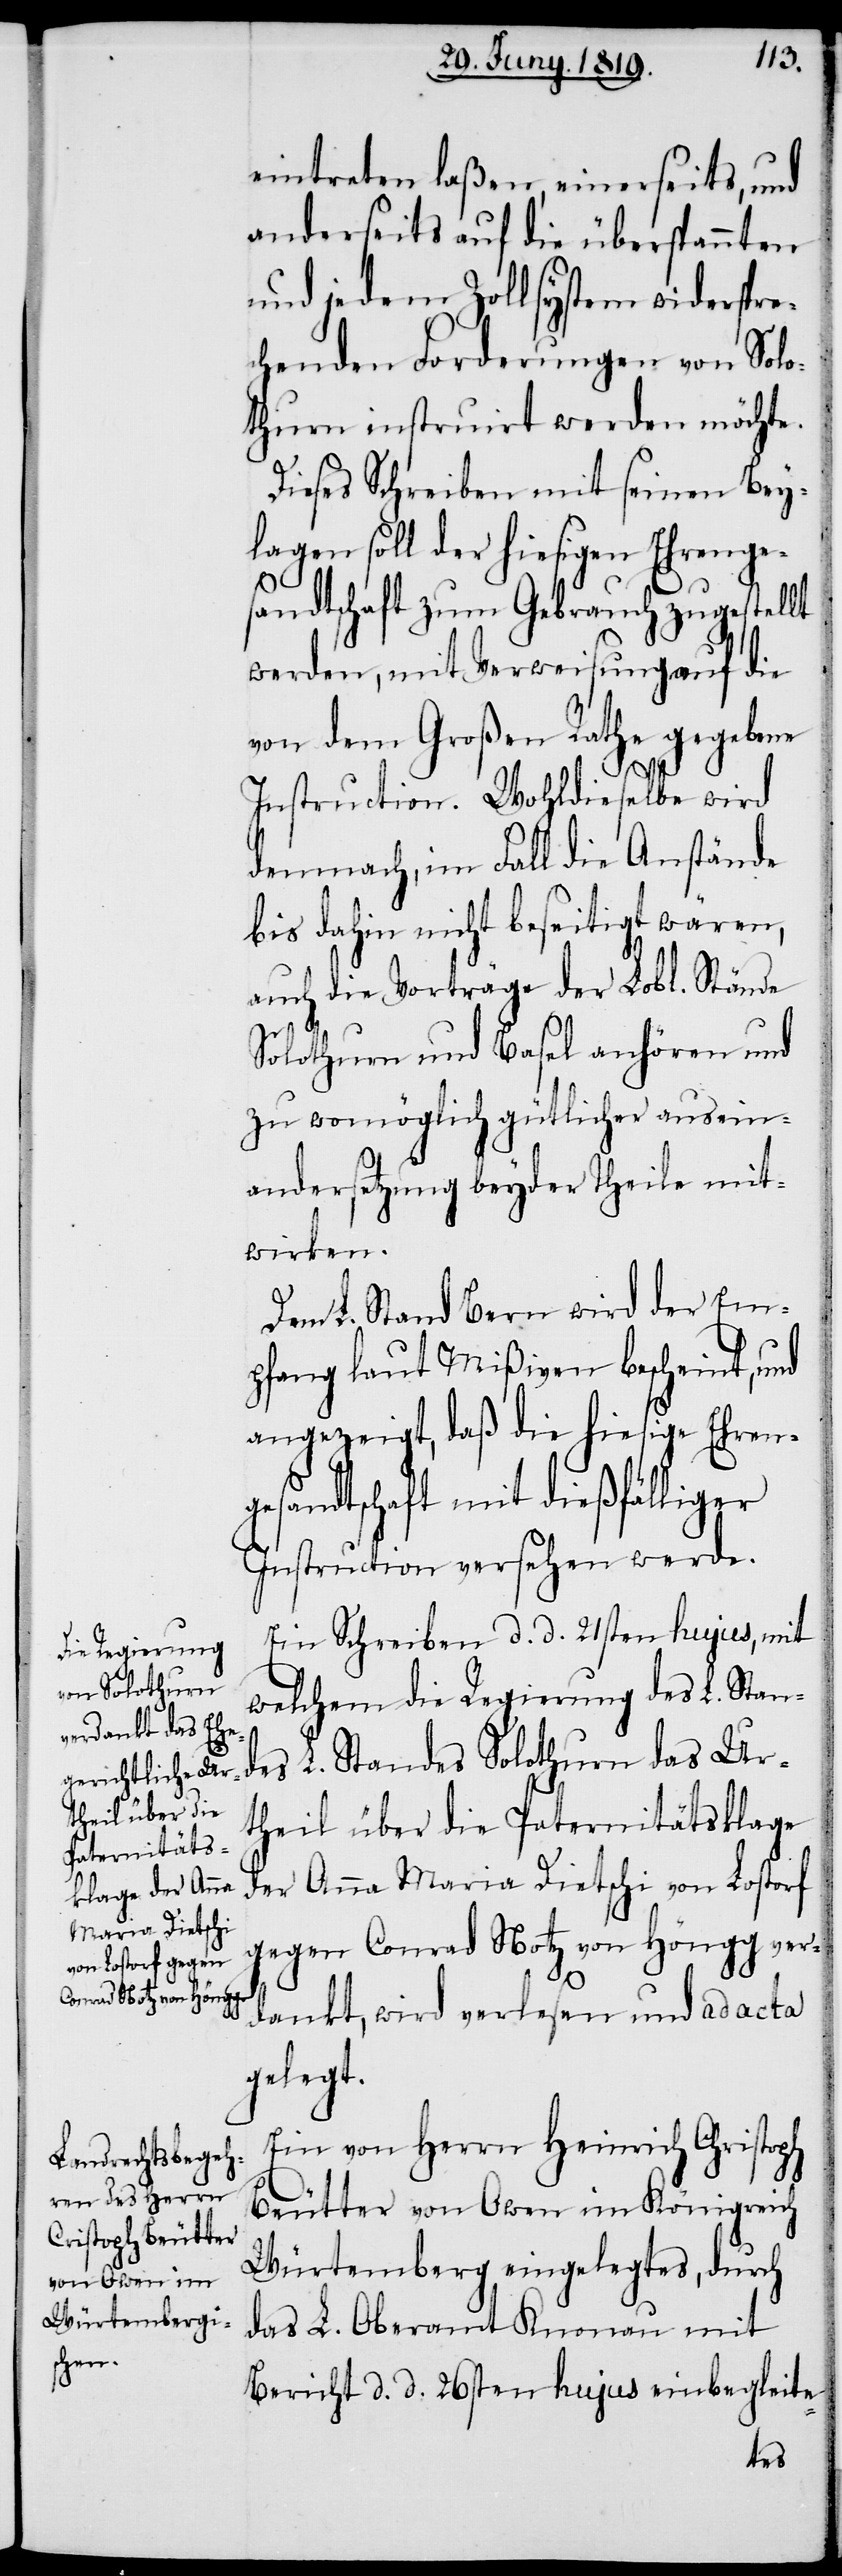
die Regierung

eintreten laßen, einerseits, und
anderseits auf die überspannten
und jedem Zollsystem widerspre¬
chenden Forderungen von Solo¬
thurn instruirt werden möchte.
Dieses Schreiben mit seinen Bey¬
lagen soll der hiesigen Ehrenge¬
sandtschaft zum Gebrauch zugestellt
werden, mit Verweisung auf die
von dem Großen Rathe gegebene
Instruction. Wohldieselbe wird
demnach, im Fall die Anstände
bis dahin nicht beseitigt wären,
auch die Vorträge der Lobl. Stände
Solothurn und Basel anhören und
zu womöglich gütlicher Ausein¬
andersetzung beyder Theile mit¬
wirken.
Dem L. Stand Bern wird der Em¬
pfang laut Mißiven bescheint, und
angezeigt, daß die hiesige Ehren¬
gesandtschaft mit dießfälliger
Instruction versehen werde.
Ein Schreiben d. d. 21sten hujus, mit
des L. Standes Solothurn das Ur¬
theil über die Paternitätsklage
der Anna Maria Dietschi von Lostorf
gegen Conrad Notz von Höngg ver¬
dankt, wird verlesen und ad acta
gelegt.
Ein von Herrn Heinrich Christoph
Beutter von Owen im Königreich
Würtemberg eingelegtes, durch
das L. Oberamt Knonau mit
Bericht d. d. 26sten hujus einbegleite-